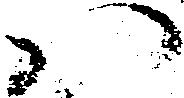
ハ